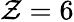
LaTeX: \mathcal{Z}=6